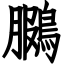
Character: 鵩